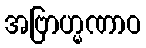
အဗြာဟ္မဏာဝ